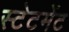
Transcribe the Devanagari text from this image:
स्‍टेटमेंट